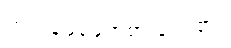
ရှာရှာဖွေဖွေကစားခဲ့ကြ၏။